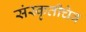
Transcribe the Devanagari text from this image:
संस्कृतीचेव